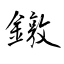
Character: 鐓